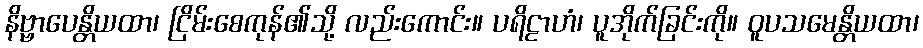
နိဗ္ဗာပေန္တိယထာ၊ ငြိမ်းစေကုန်၏သို့ လည်းကောင်း။ ပရိဠာဟံ၊ ပူအိုက်ခြင်းကို။ ဝူပသမေန္တိယထာ၊